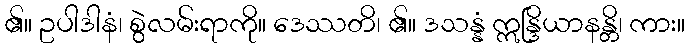
၏။ ဥပါဒါနံ၊ စွဲလမ်းရာကို။ ဒေဿတိ၊ ၏။ ဒသန္နံ ဣန္ဒြိယာနန္တိ၊ ကား။